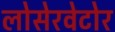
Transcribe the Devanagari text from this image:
लोसेरवेटोर